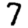
Digit: 7